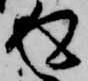
返